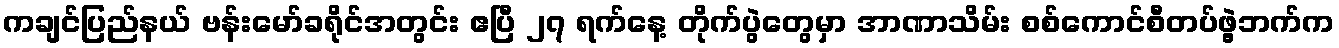
ကချင်ပြည်နယ် ဗန်းမော်ခရိုင်အတွင်း ဧပြီ ၂၇ ရက်နေ့ တိုက်ပွဲတွေမှာ အာဏာသိမ်း စစ်ကောင်စီတပ်ဖွဲ့ဘက်က